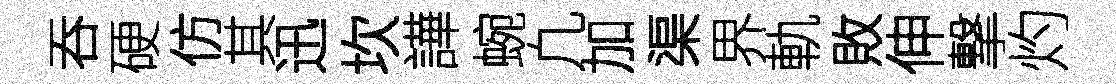
吞硬仿其迅坎譁蜿凢加渠界軌敗伸撃灼